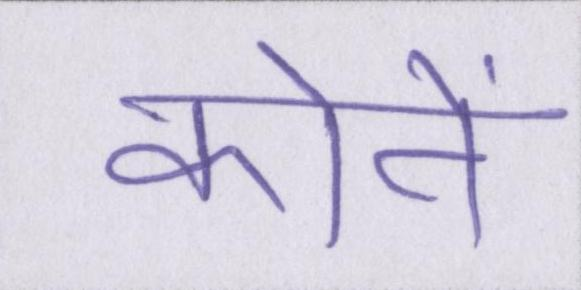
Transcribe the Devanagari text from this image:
कोने